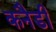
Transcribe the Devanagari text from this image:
कनैडी